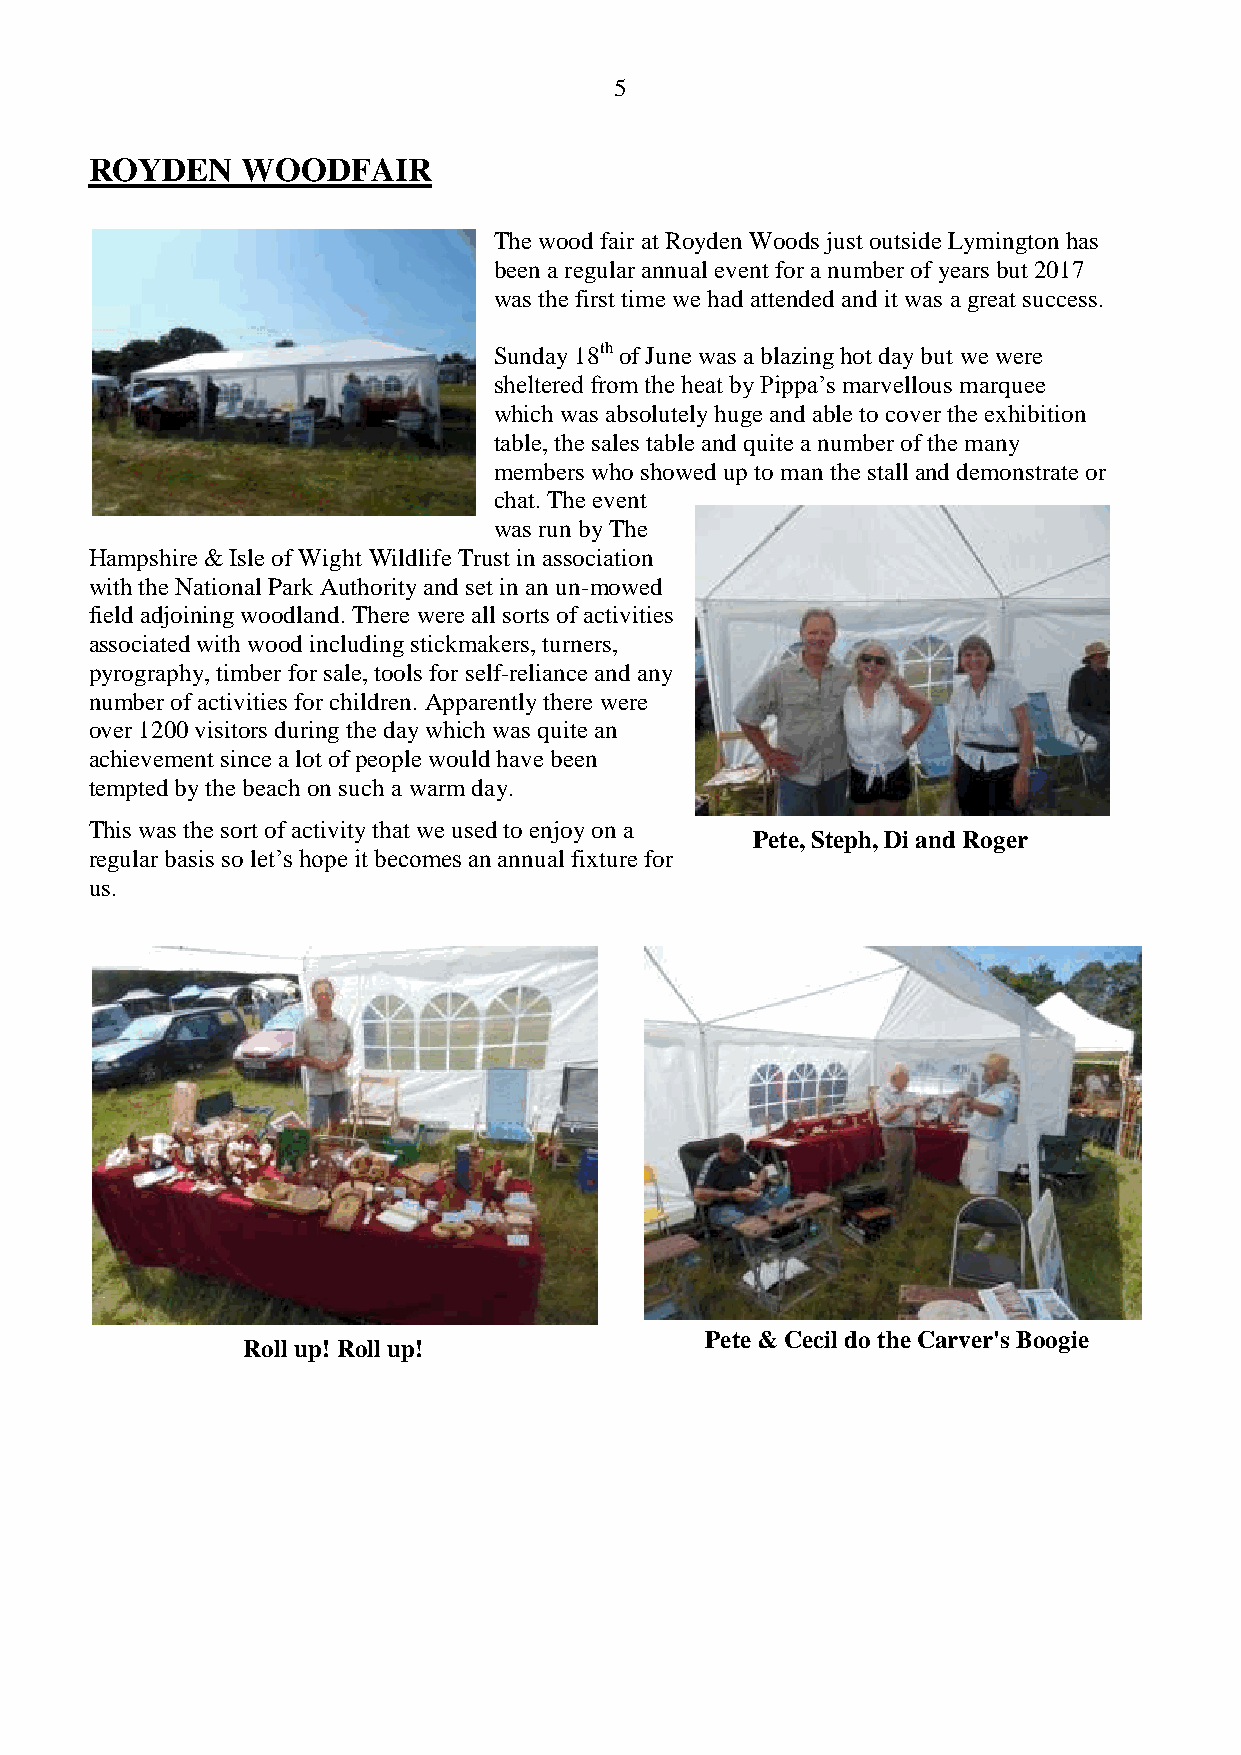
5
 ROYDEN    WOODFAIR
 The wood fair at Royden Woods just outside Lymington has
 been a regular annual event for a number of years but 2017
 was the first time we had attended and it was a great success.
 Sunday 18th of June was a blazing hot day but we were
 sheltered from the heat by Pippa’s marvellous marquee
 which was absolutely huge and able to cover the exhibition
 table, the sales table and quite a number of the many
 members who showed up to man the stall and demonstrate or
 chat. The event
 was run by The
 Hampshire & Isle of Wight Wildlife Trust in association
 with the National Park Authority and set in an un-mowed
 field adjoining woodland. There were all sorts of activities
 associated with wood including stickmakers, turners,
 pyrography, timber for sale, tools for self-reliance and any
 number of activities for children. Apparently there were
 over 1200 visitors during the day which was quite an
 achievement since a lot of people would have been
 tempted by the beach on such a warm day.
 This was the sort of activity that we used to enjoy on a
 Pete, Steph, Di and Roger
 regular basis so let’s hope it becomes an annual fixture for
 us.
 Pete & Cecil do the Carver's Boogie
 Roll up! Roll up!